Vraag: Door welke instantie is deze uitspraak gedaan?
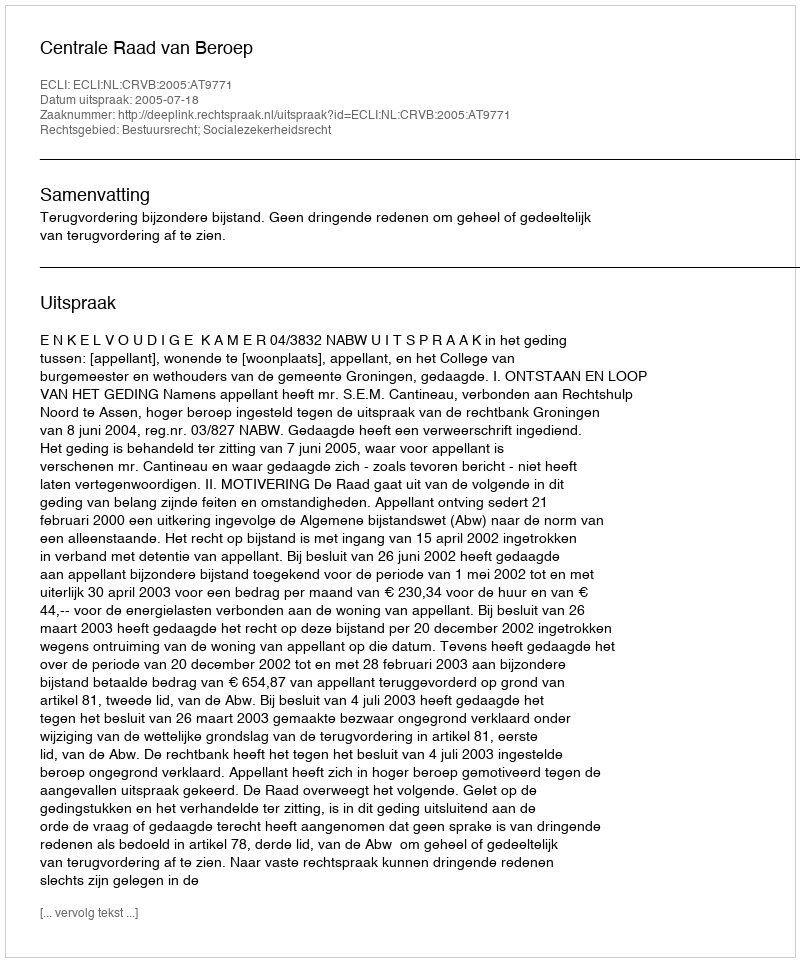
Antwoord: Centrale Raad van Beroep